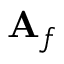
\mathbf { A } _ { f }